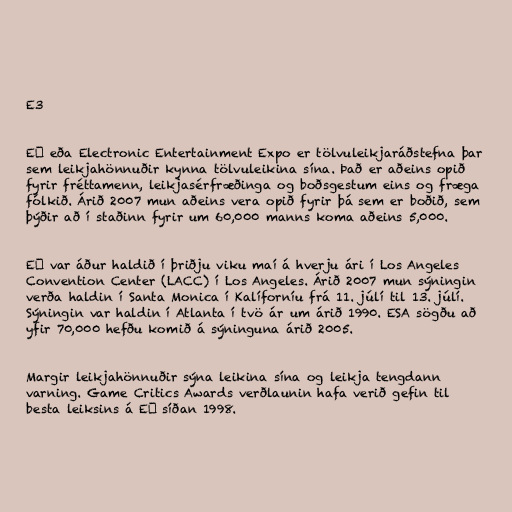
E3

E³ eða Electronic Entertainment Expo er tölvuleikjaráðstefna þar
sem leikjahönnuðir kynna tölvuleikina sína. Það er aðeins opið
fyrir fréttamenn, leikjasérfræðinga og boðsgestum eins og fræga
fólkið. Árið 2007 mun aðeins vera opið fyrir þá sem er boðið, sem
þýðir að í staðinn fyrir um 60,000 manns koma aðeins 5,000.

E³ var áður haldið í þriðju viku maí á hverju ári í Los Angeles
Convention Center (LACC) í Los Angeles. Árið 2007 mun sýningin
verða haldin í Santa Monica í Kalíforníu frá 11. júlí til 13. júlí.
Sýningin var haldin í Atlanta í tvö ár um árið 1990. ESA sögðu að
yfir 70,000 hefðu komið á sýninguna árið 2005.

Margir leikjahönnuðir sýna leikina sína og leikja tengdann
varning. Game Critics Awards verðlaunin hafa verið gefin til
besta leiksins á E³ síðan 1998.